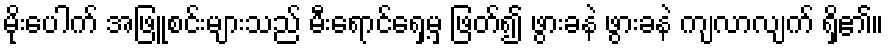
မိုးပေါက် အဖြူစင်းများသည် မီးရောင်ရှေ့မှ ဖြတ်၍ ဖွားခနဲ ဖွားခနဲ ကျလာလျက် ရှိ၏။